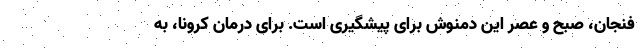
فنجان، صبح و عصر این دمنوش برای پیشگیری است. برای درمان کرونا، به